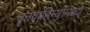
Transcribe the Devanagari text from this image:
वृत्तवाहिन्यांमध्ये